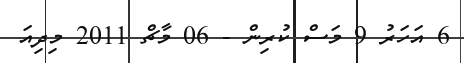
6 އަހަރު 9 މަސް ކުރިން - 06 މާޗް 2011 މިދިއަ